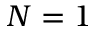
N = 1